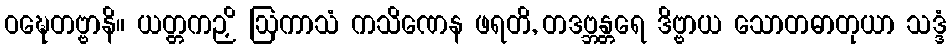
ဝဍ္ဎေတဗ္ဗာနိ။ ယတ္တကဉှိ ဩကာသံ ကသိဏေန ဖရတိ, တဒဗ္ဘန္တရေ ဒိဗ္ဗာယ သောတဓာတုယာ သဒ္ဒံ